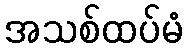
အသစ်ထပ်မံ